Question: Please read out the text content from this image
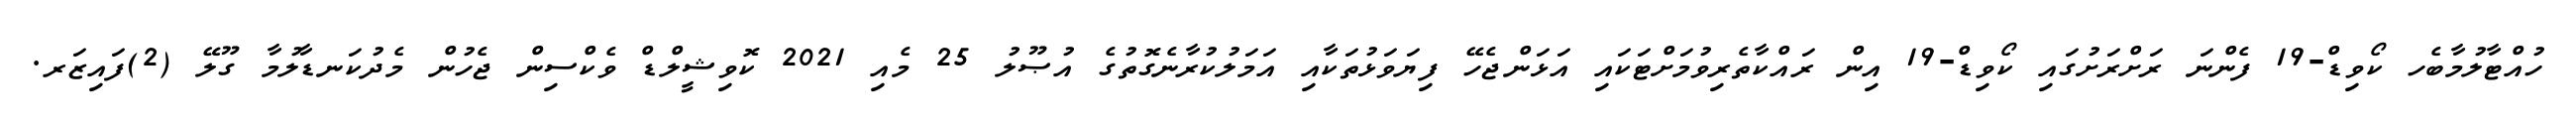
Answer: ހުއްޓާލުމާބެހ ކޯވިޑް-19 ފެންނަ ރަށްރަށުގައި ކޯވިޑް-19 އިން ރައްކާތެރިވުމަށްޓަކައި އަޅަންޖެހޭ ފިޔަވަޅުތަކާއި އަމަލުކުރާނެގޮތުގެ އުޞޫލު 25 މެއި 2021 ކޮވިޝީލްޑް ވެކްސިން ޖެހުން މެދުކަނޑާލުމާ ގޫލޭ (2)ފައިޒަރ.